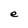
Character: e